system: You are a helpful assistant.
user:
Analyze the provided spectrum to determine if it is a **"Cataclysmic Variables (CV)"**.

- **Key Indicators for CV (Check for either state):**
    - **State 1: Quiescent / Low-State (Emission-Dominated)**
        - **(Primary):** Strong and *very broad* Hydrogen Balmer emission lines (e.g., $H\alpha$ at 6563 Å, $H\beta$ at 4861 Å). The 'broadness' (high velocity dispersion, often FWHM > 1000 km/s) is the key diagnostic, indicating a high-velocity accretion disk.
        - **(Secondary):** Broad neutral Helium (He I) emission lines (e.g., 5876 Å, 6678 Å).
        - **(Key Confirmation):** Presence of high-excitation *ionized* Helium (He II) emission at 4686 Å. This is a strong indicator of accretion onto a white dwarf.
        - **(Line Profile):** Emission lines may exhibit a 'double-peaked' profile, which is a classic signature of a rotating accretion disk viewed at high inclination.

    - **State 2: Outburst / High-State (Absorption-Dominated)**
        - **(Primary):** Spectrum is dominated by a bright, blue continuum (looks like a hot star).
        - **(Secondary):** The emission lines from State 1 are weak, absent, or 'filled in', and are replaced by broad, shallow *absorption* lines (primarily Balmer and He I).
        - **(Morphology):** The overall spectrum mimics a hot B/A-type star. The crucial difference is that the absorption lines are significantly broader, shallower, and more 'washed-out' (or 'smeared') than the sharp lines of a normal stellar photosphere, due to high rotational speeds and pressure broadening in the disk.

Think first, call **spectral_visualization_tool** if needed to examine features in detail, then provide your final answer. Your response must adhere to the following strict rules:
1.  **Overall Structure:** Your response must follow the format `<think>...</think> <tool_call>...</tool_call> (if a tool is used) <answer>...</answer>`.
2.  **Tool Usage Constraint:** You may only make **one** tool call per turn.
3.  **Final Answer Format:** In the `<answer>` tag, your conclusion must be inside a `\boxed{}` command (e.g., `\boxed{YES}`), followed by your justification.

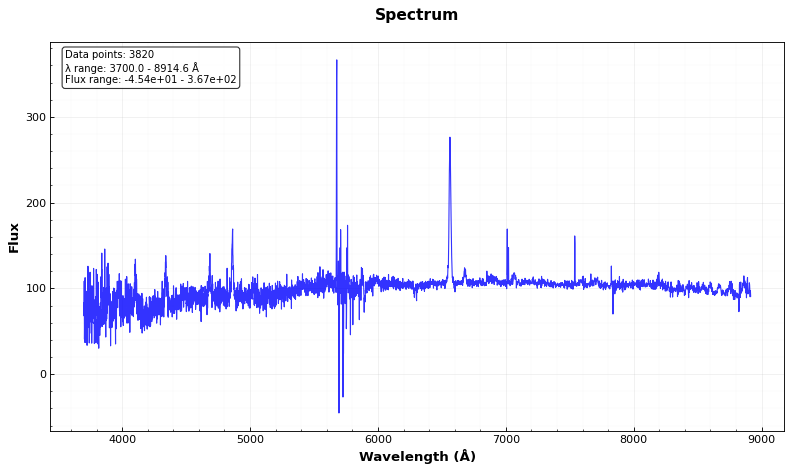
Answer: YES